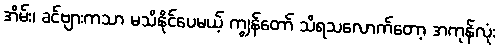
အိမ်း၊ ခင်ဗျားကသာ မသိနိုင်ပေမယ့် ကျွန်တော် သိရသလောက်တော့ အကုန်လုံး